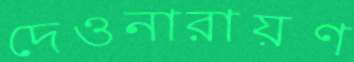
দেওনারায়ণ